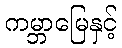
ကမ္ဘာမြေနှင့်